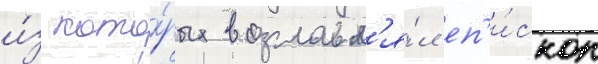
и́з кото́рых возглавл'я́л еп'и́скоп